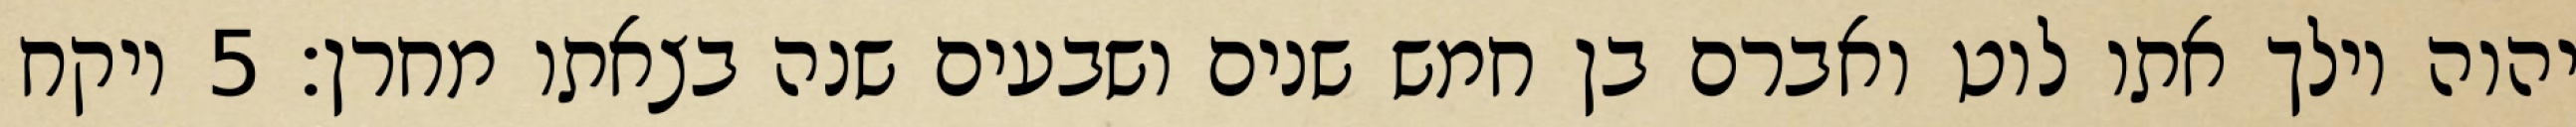
יהוה וילך אתו לוט ואברם בן חמש שנים ושבעים שנה בצאתו מחרן׃ ‎5‏ ויקח